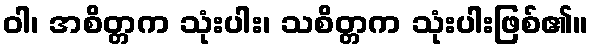
ဝါ၊ အစိတ္တက သုံးပါး၊ သစိတ္တက သုံးပါးဖြစ်၏။